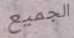
الجميع